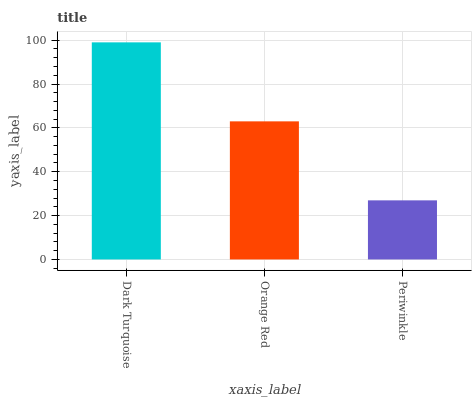
| xaxis_label | bars |
 | --- | --- |
 | Dark Turquoise | 99 |
 | Orange Red | 63 |
 | Periwinkle | 27 |